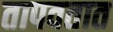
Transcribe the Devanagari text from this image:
तापवतात